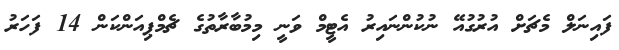
ފައިނަލް މެޗަށް އުރުގުއޭ ނުކުންނައިރު އެޓީމް ވަނީ މިމުބާރާތުގެ ޗެމްޕިއަންކަން 14 ފަހަރު